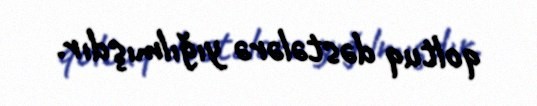
qoltuq dəstələrə yığılmışdır.